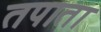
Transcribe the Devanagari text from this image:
तपाता